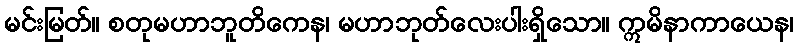
မင်းမြတ်။ စတုမဟာဘူတိကေန၊ မဟာဘုတ်လေးပါးရှိသော။ ဣမိနာကာယေန၊